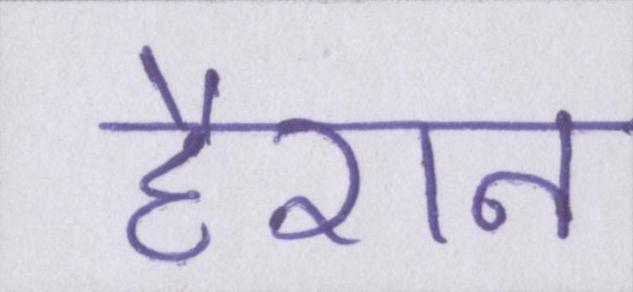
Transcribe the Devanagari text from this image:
हैरान